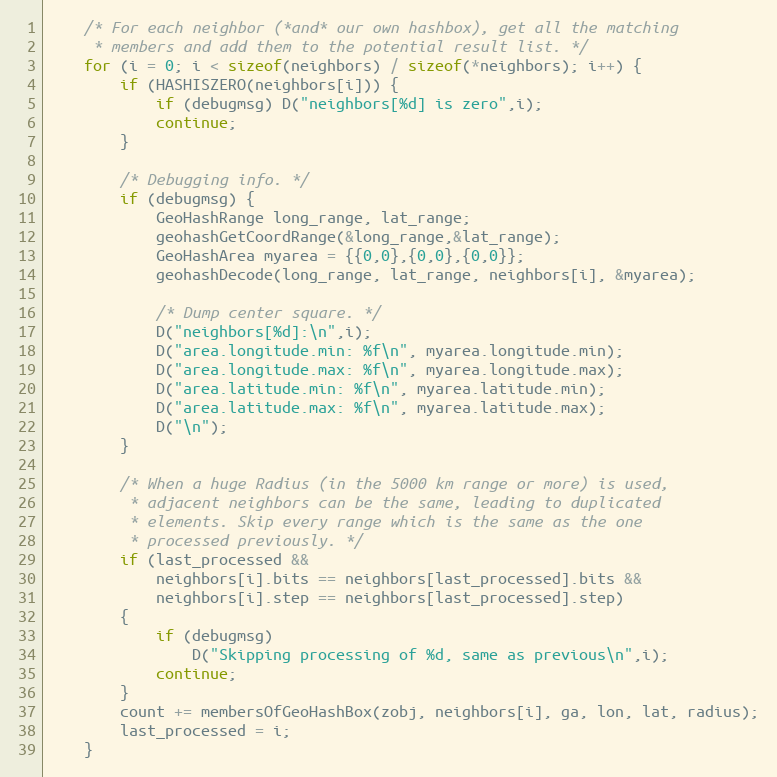
Language: C
    /* For each neighbor (*and* our own hashbox), get all the matching
     * members and add them to the potential result list. */
    for (i = 0; i < sizeof(neighbors) / sizeof(*neighbors); i++) {
        if (HASHISZERO(neighbors[i])) {
            if (debugmsg) D("neighbors[%d] is zero",i);
            continue;
        }

        /* Debugging info. */
        if (debugmsg) {
            GeoHashRange long_range, lat_range;
            geohashGetCoordRange(&long_range,&lat_range);
            GeoHashArea myarea = {{0,0},{0,0},{0,0}};
            geohashDecode(long_range, lat_range, neighbors[i], &myarea);

            /* Dump center square. */
            D("neighbors[%d]:\n",i);
            D("area.longitude.min: %f\n", myarea.longitude.min);
            D("area.longitude.max: %f\n", myarea.longitude.max);
            D("area.latitude.min: %f\n", myarea.latitude.min);
            D("area.latitude.max: %f\n", myarea.latitude.max);
            D("\n");
        }

        /* When a huge Radius (in the 5000 km range or more) is used,
         * adjacent neighbors can be the same, leading to duplicated
         * elements. Skip every range which is the same as the one
         * processed previously. */
        if (last_processed &&
            neighbors[i].bits == neighbors[last_processed].bits &&
            neighbors[i].step == neighbors[last_processed].step)
        {
            if (debugmsg)
                D("Skipping processing of %d, same as previous\n",i);
            continue;
        }
        count += membersOfGeoHashBox(zobj, neighbors[i], ga, lon, lat, radius);
        last_processed = i;
    }